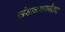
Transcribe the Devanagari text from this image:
खंडाळ्यापर्यंतचा